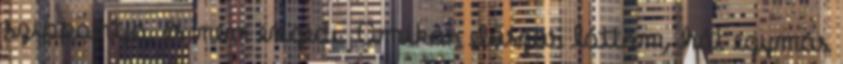
szippantja, és nem engedi. Amikor először láttam, hát egymás